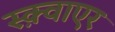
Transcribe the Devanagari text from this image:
स्क़्वाएर